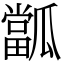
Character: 㼕